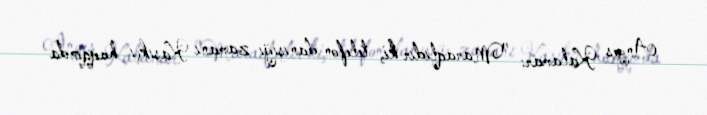
Anyes Kalamar: "Maraqlıdır ki, telefon danışığı zamanı Kaşıkçı haqqında